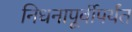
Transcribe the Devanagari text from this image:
निधनापूर्वीपर्यंत